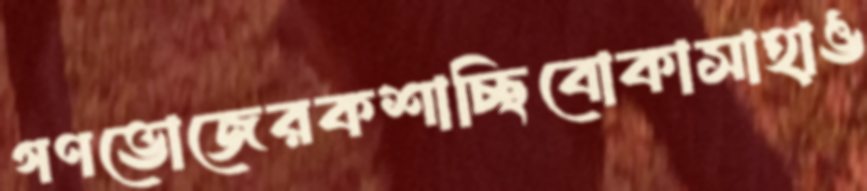
গণভোজেরকশাচ্ছিবোকাসাহাঙ